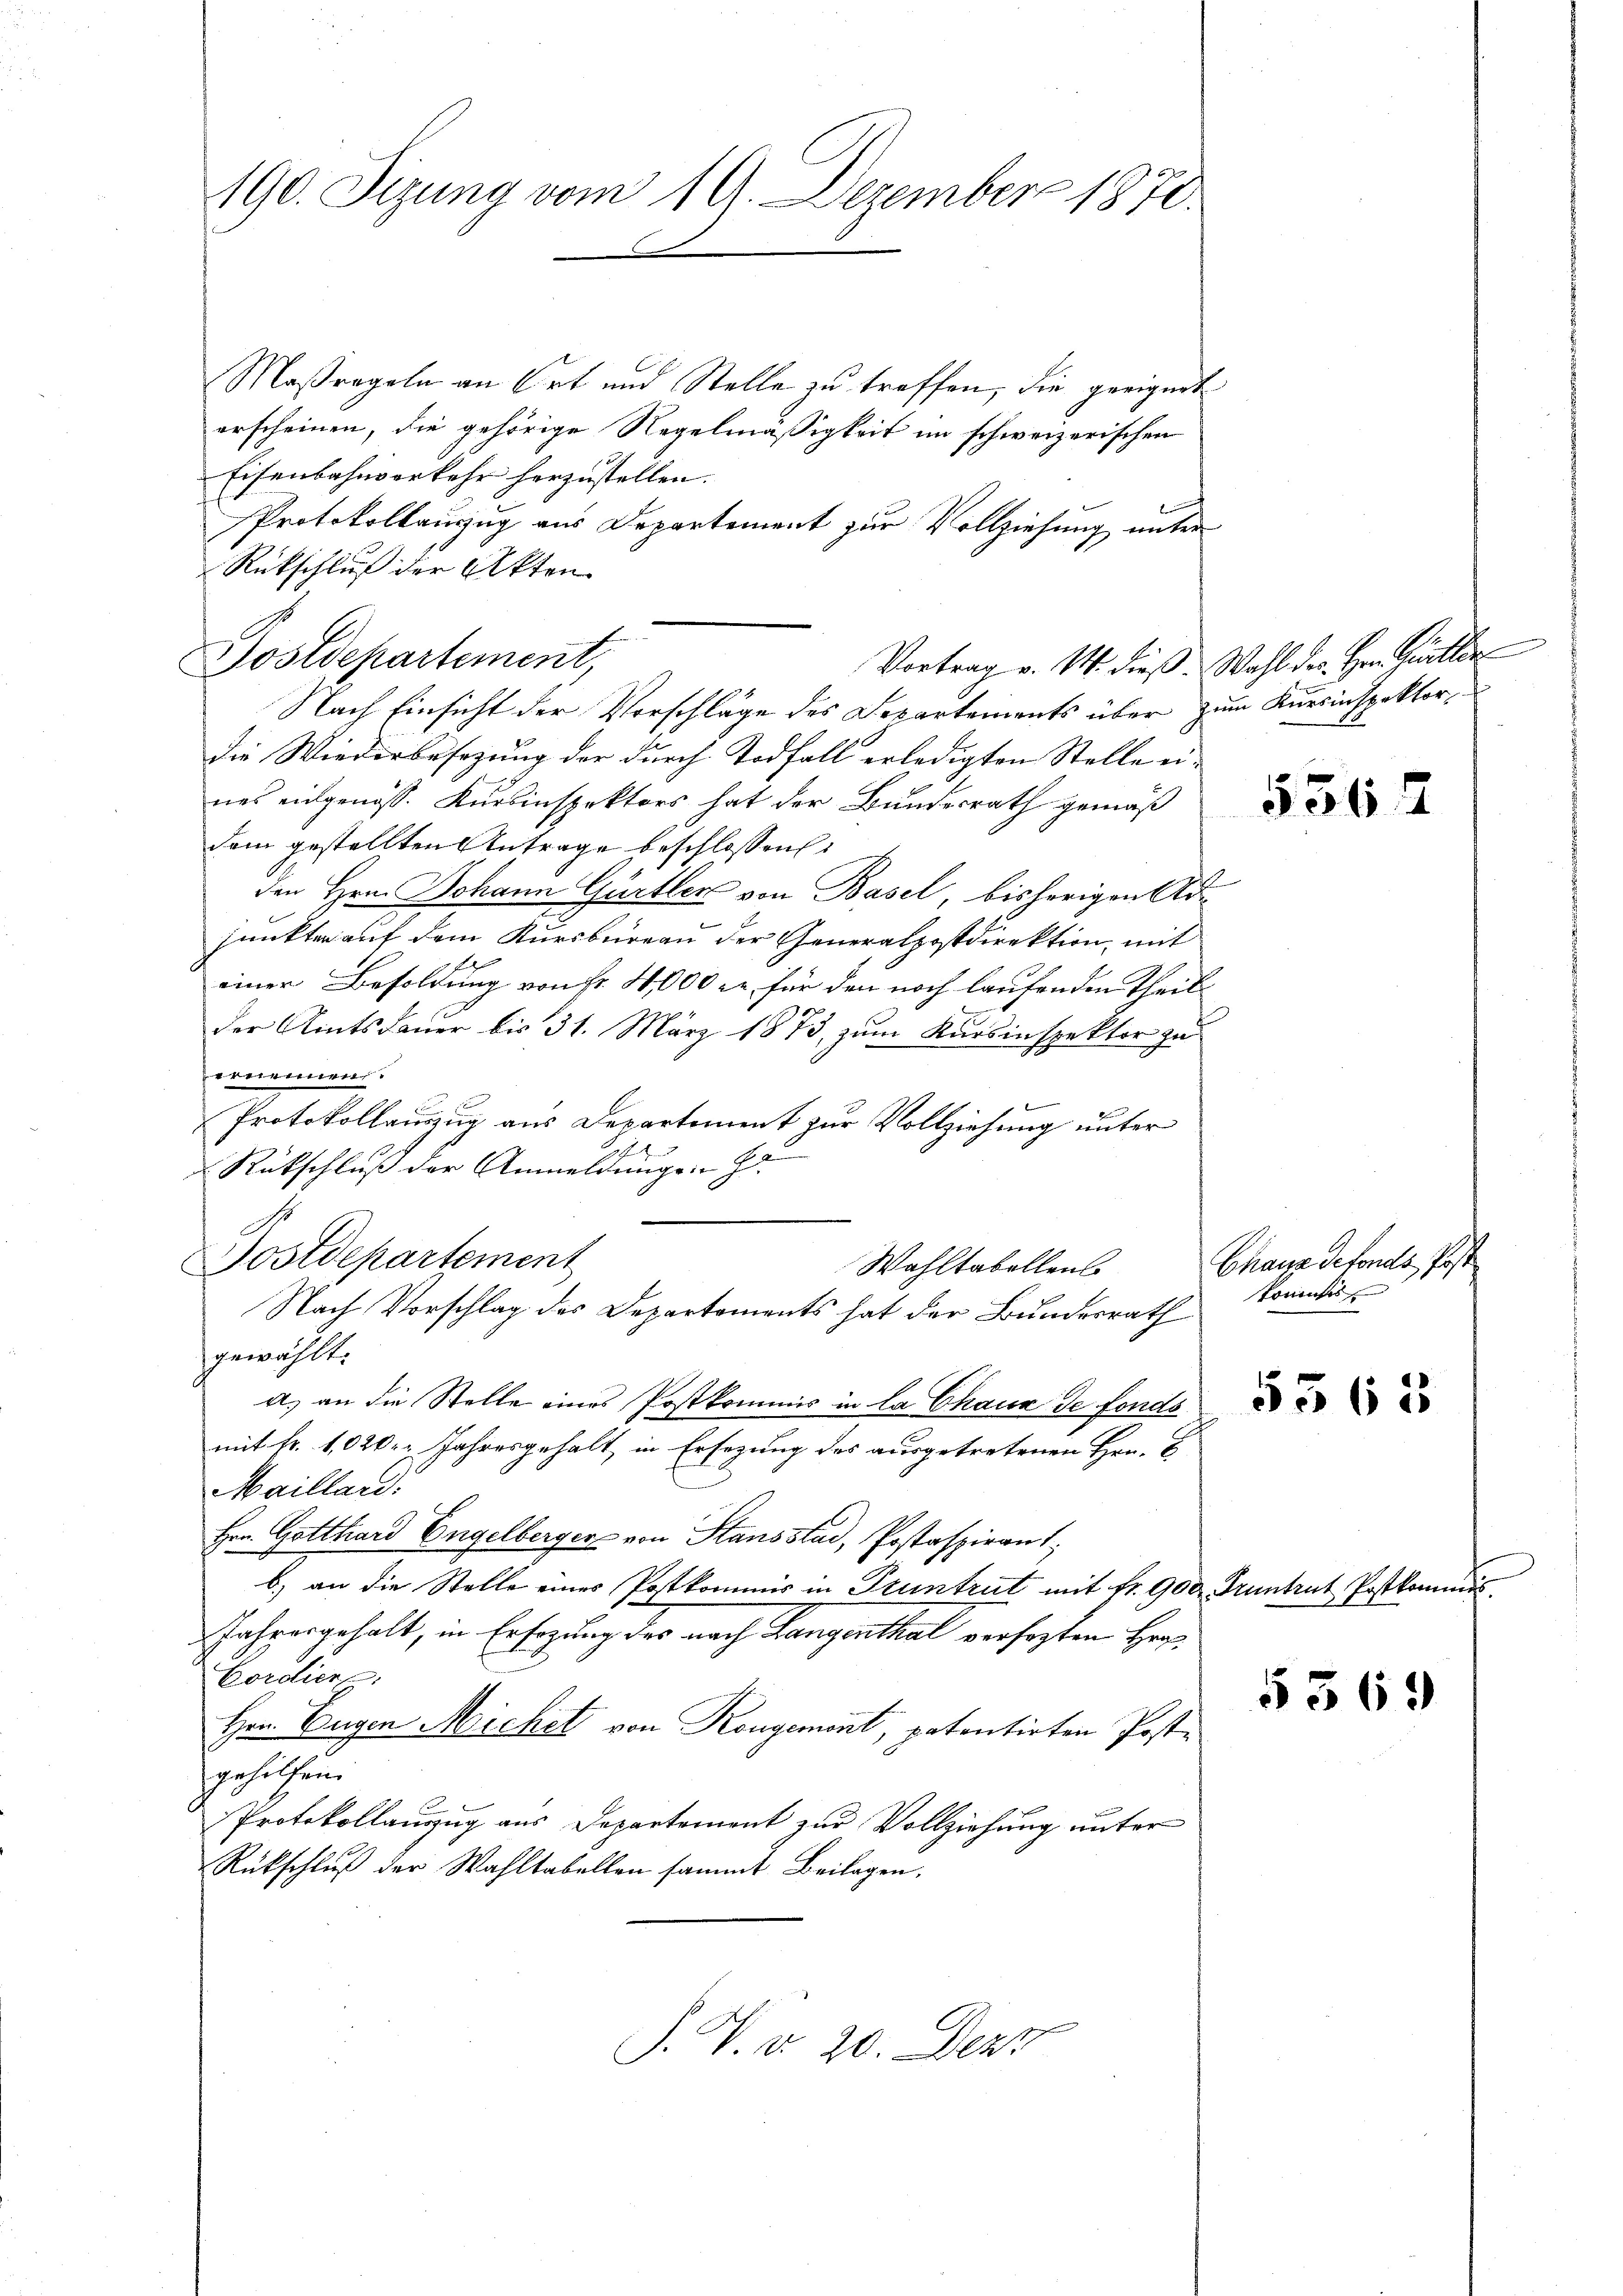
190. Sizung vom 19. Dezember 1870.

Maßregeln an Ort und Stelle zu treffen, die geeignet
erscheinen, die gehörige Regelmäßigkeit im schweizerischen
Eisenbahnverkehr herzustellen.
Protokollanzug aus Departement zur Vollziehung unter
Rückschluß der Akten
Postdepartement,
Vortrag v. M. dieß. Wahl der Hrn. Guiller
Nach Einsicht der Vorschläge des Separtements über zum Kursinspektordie Wiederbesetzung der durch Todfall erledigten Stelle ei-
nes eingenoss. Kursinspektors hat der Bundesrath gemäß
dem gestellten Antrage beschlossen:
den Hrn. Johann Gürtler von Basel, bisherigen Adjunkten auf dem Kursburgau der Generalpostdirektion, mit
einer Besoldung von Fr. 4,000 c. für den noch laufenden Theilder Amtsdauer bis 31. März 1873, zum Kursinspektor zu
vernennen.
Protokollauszug aus Departement zur Vollziehung unter
h
Rückschluß der Anmeldungen Ho
Sostdepartement
Wahltabellens
Nach Vorschlag des Departements hat der Bundesrath
gewählt:
a) an die Stelle eines Postkommis in la Chaux de fonds
mit Fr. 1,020. Jahresgehalt, in Ersezung des ausgetretenen Hrn. E
Mailland.
Hrn. Gotthard Engelberger von Stansstad, Postaspirant,
b) an die Stelle eines Postkommis in Pruntrut mit Fr. 900 Pruntrut Postkomin
Jahresgehalt, in Ersezung des nach Langenthal versagten Her¬
Cordier
Hrn. Eugen Michet von Kongement, patentirten Poste
gehilfen.
Protokollauszug aus Departement zur Vollziehung unter
Rückschluß der Wahltabellen sammt Beilagen.

J. V. d. 20. Dez.

536

Chaus defonds Prof.
komites

5362

5569